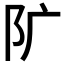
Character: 𨸘